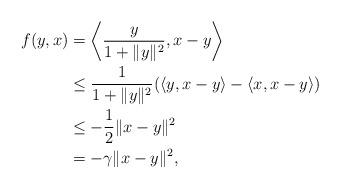
LaTeX: \begin{align*}f(y,x)&=\bigg\langle \dfrac{y}{1+\|y\|^2},x-y\bigg\rangle\\&\leq\dfrac{1}{1+\|y\|^2}(\langle y, x-y\rangle-\langle x, x-y\rangle)\\&\leq-\dfrac{1}{2}\|x-y\|^2\\&=-\gamma\|x-y\|^2,\end{align*}